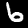
Label: 6